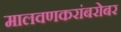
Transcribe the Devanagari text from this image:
मालवणकरांबरोबर